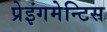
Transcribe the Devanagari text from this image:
प्रेइंगमेन्टिस